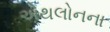
એથલોનના